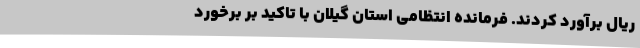
ریال برآورد کردند. فرمانده انتظامی استان گیلان با تاکید بر برخورد